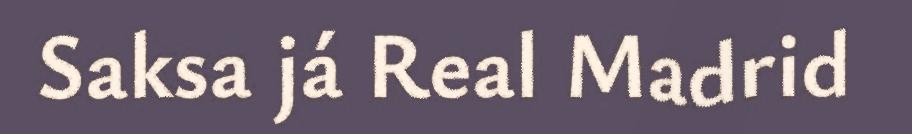
Saksa já Real Madrid